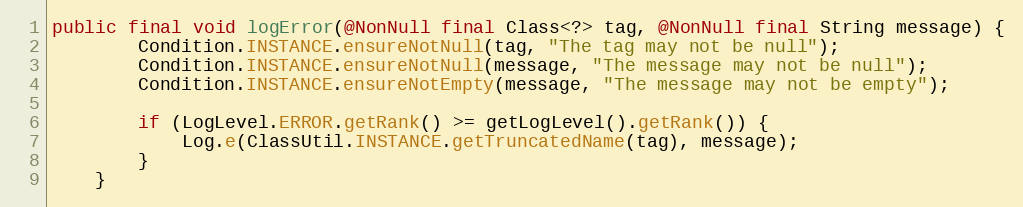
Language: Java
public final void logError(@NonNull final Class<?> tag, @NonNull final String message) {
        Condition.INSTANCE.ensureNotNull(tag, "The tag may not be null");
        Condition.INSTANCE.ensureNotNull(message, "The message may not be null");
        Condition.INSTANCE.ensureNotEmpty(message, "The message may not be empty");

        if (LogLevel.ERROR.getRank() >= getLogLevel().getRank()) {
            Log.e(ClassUtil.INSTANCE.getTruncatedName(tag), message);
        }
    }